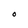
Character: O